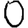
Digit: 0